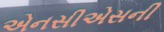
એનસીએસની